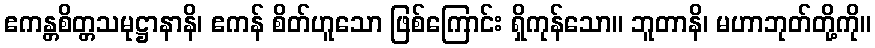
ဧကန္တစိတ္တသမုဋ္ဌာနာနိ၊ ဧကန် စိတ်ဟူသော ဖြစ်ကြောင်း ရှိကုန်သော။ ဘူတာနိ၊ မဟာဘုတ်တို့ကို။